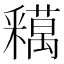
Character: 𨤞